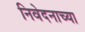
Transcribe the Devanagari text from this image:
निवेदनाच्या